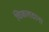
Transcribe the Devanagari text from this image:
चिकलठाना